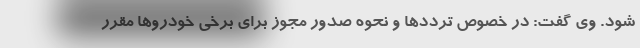
شود. وی گفت: در خصوص ترددها و نحوه صدور مجوز برای برخی خودروها مقرر